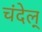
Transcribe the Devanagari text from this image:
चंदेल्